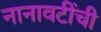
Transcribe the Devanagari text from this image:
नानावटींची